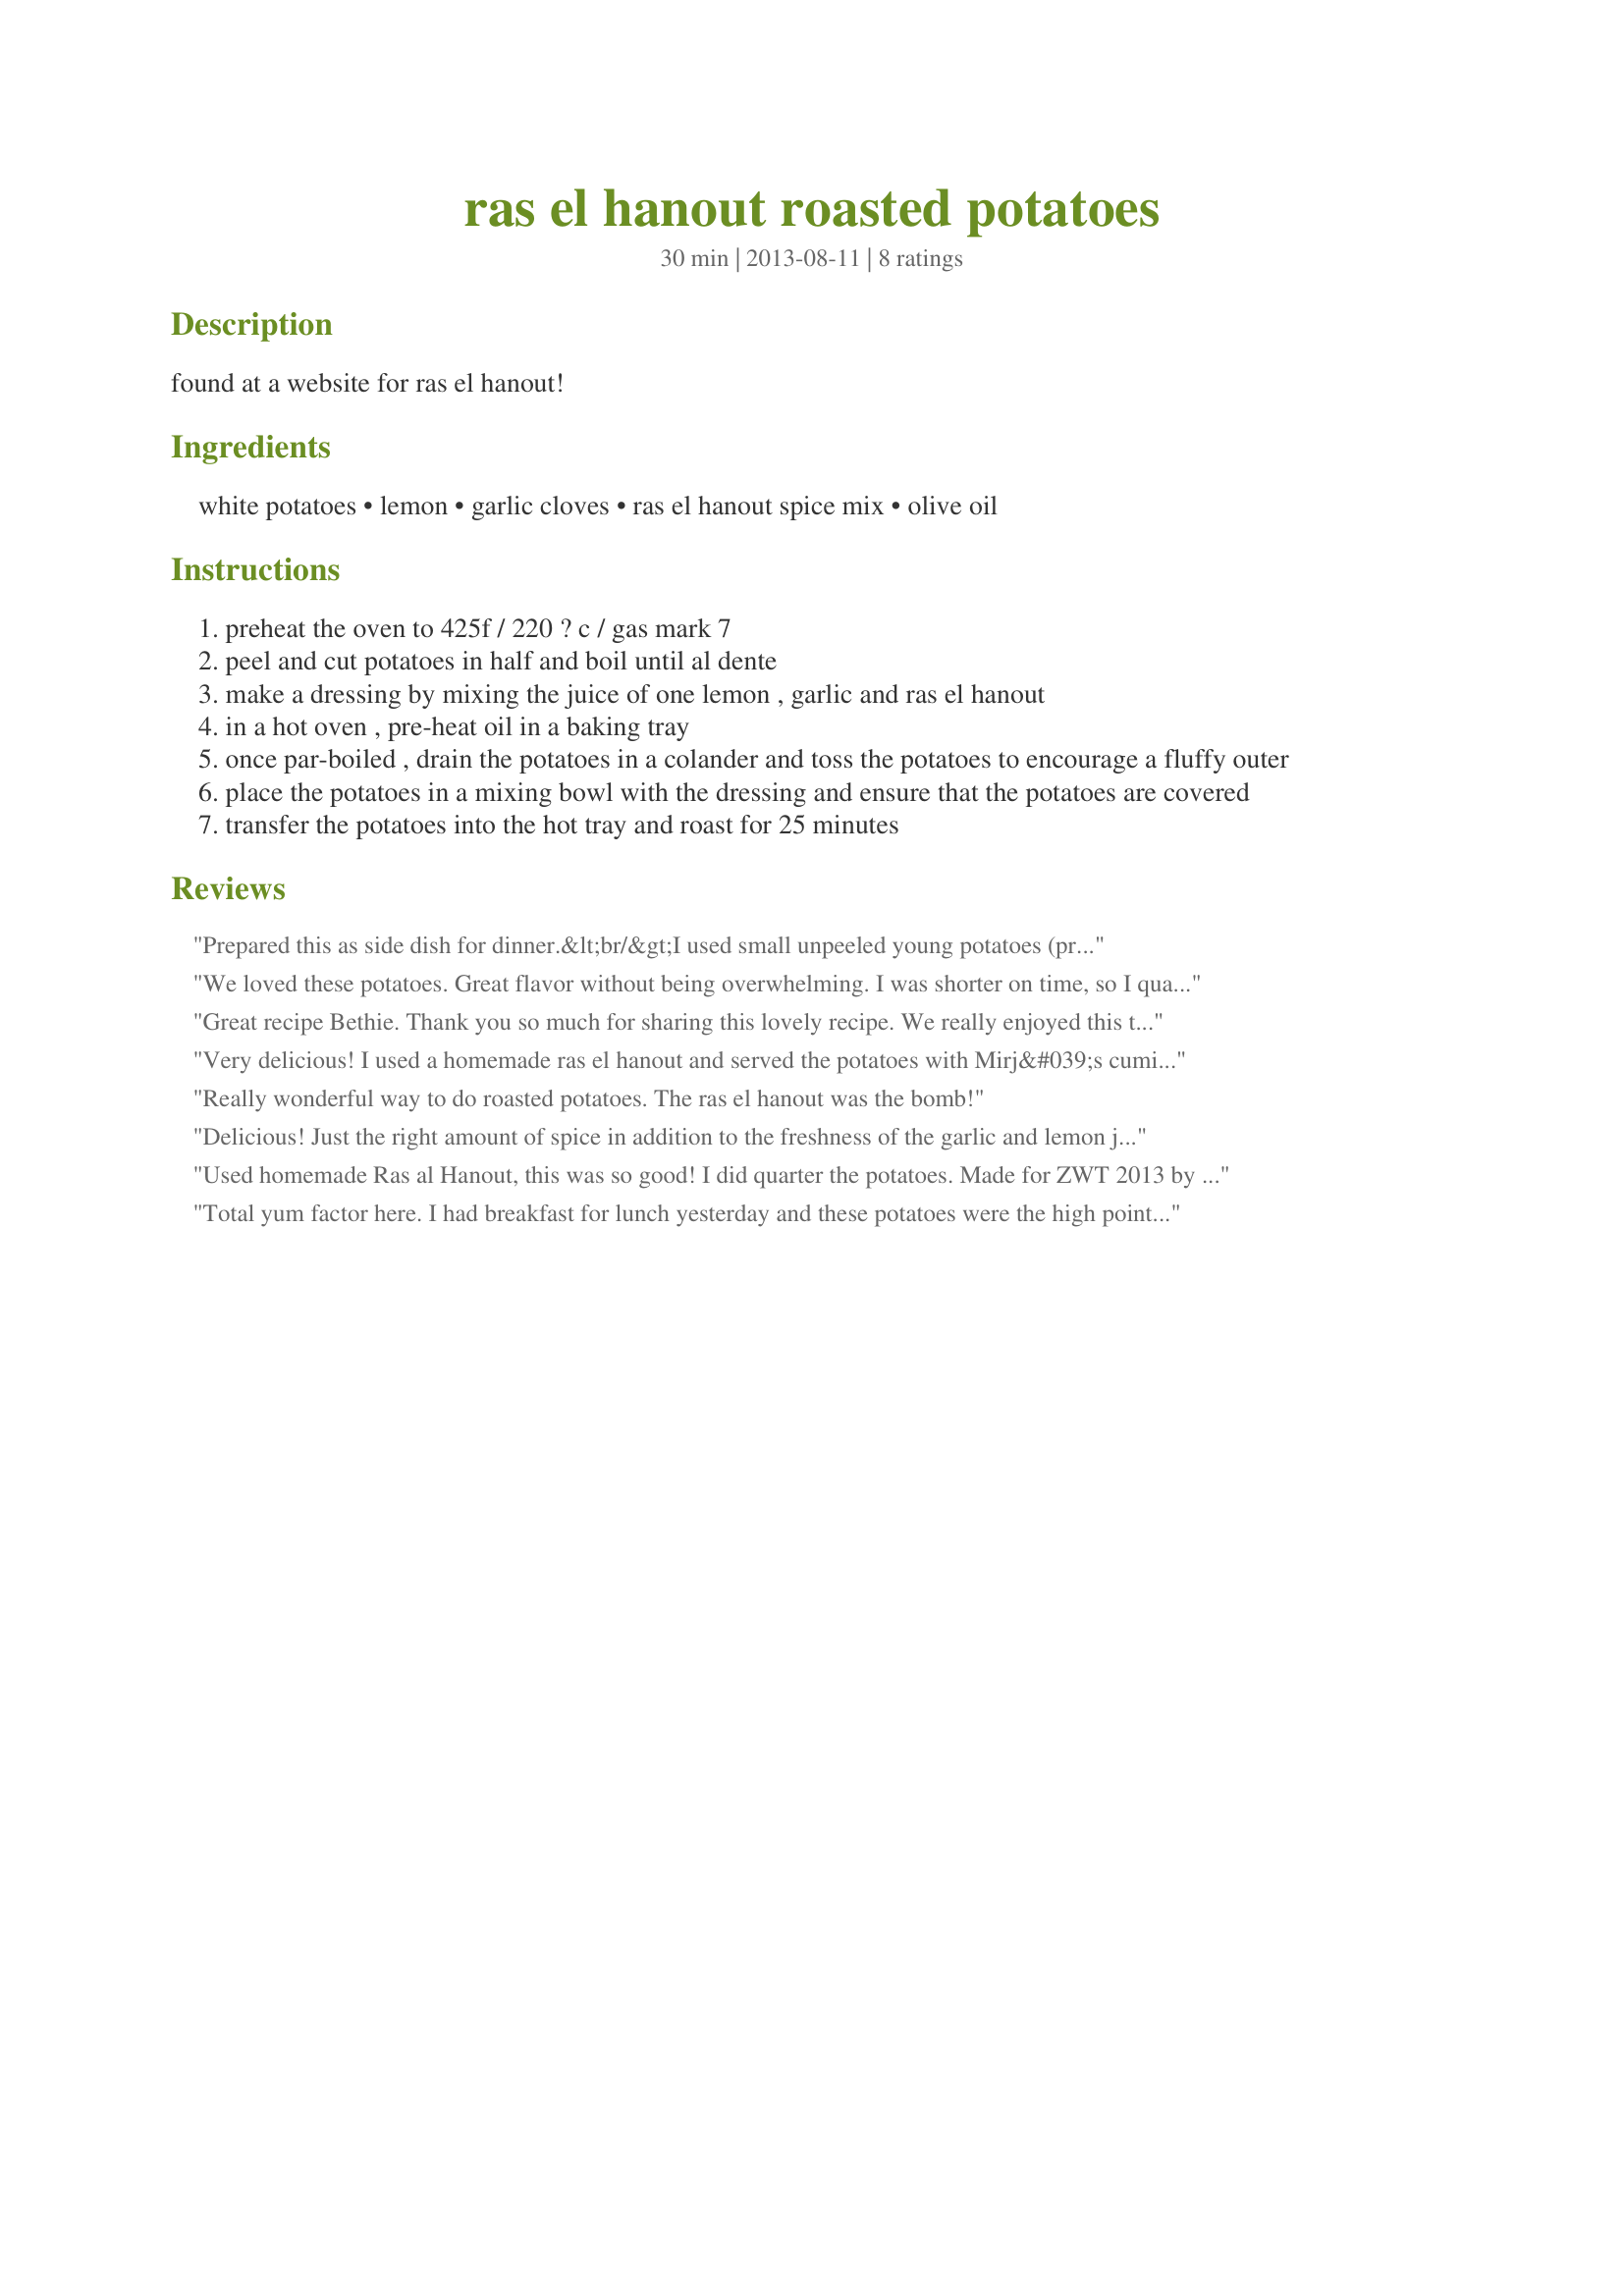
ras el hanout roasted potatoes
Preparation time: 30 minutes

found at a website for ras el hanout!

Ingredients:
white potatoes, lemon, garlic cloves, ras el hanout spice mix, olive oil

Steps:
preheat the oven to 425f / 220 ? c / gas mark 7
peel and cut potatoes in half and boil until al dente
make a dressing by mixing the juice of one lemon , garlic and ras el hanout
in a hot oven , pre-heat oil in a baking tray
once par-boiled , drain the potatoes in a colander and toss the potatoes to encourage a fluffy outer
place the potatoes in a mixing bowl with the dressing and ensure that the potatoes are covered
transfer the potatoes into the hot tray and roast for 25 minutes

Reviews:
Prepared this as side dish for dinner.&lt;br/&gt;I used small unpeeled young potatoes (preecooked as described) and I added to the recipe 1 zucchini diced (same size as potatoes). &lt;br/&gt;Precooking the potatoes is very important: in this was the potatoes were really through, the skin dud not burn and we fully enjoyed the the full flawor of the spices.&lt;br/&gt;I used a wide tray, in order to let evaporate the juice of the zucchini.&lt;br/&gt;Thanks a lot for this recipe, we really this dish very much!
We loved these potatoes. Great flavor without being overwhelming. I was shorter on time, so I quartered my potatoes for faster cooking. I used a homemade ras el hanout. I wasn&#039;t sure how much olive oil to use, so decided on approx 2 T which worked well. Made for Famly Picks ZWT9 for the Soup-A-Stars team
Great recipe Bethie. Thank you so much for sharing this lovely recipe. We really enjoyed this tasty dish. My oven tends to run hot, so everything turns out darker and a little crisper. That didn&#039;t effect these tasty potatoes in anyway. Made for Best of 2013 Tag Game.
Very delicious! I used a homemade ras el hanout and served the potatoes with Mirj&#039;s cumin meatballs and a simple side salad. We were low on provisions due to snow but luckily I had plenty of potatoes on hand! This would be yummy for breakfast with a dollop of yogurt! Made for Recipe Swap #83 in Australian forum.
Really wonderful way to do roasted potatoes. The ras el hanout was the bomb!
Delicious! Just the right amount of spice in addition to the freshness of the garlic and lemon juice. DH loved them as well. So easy to make -- just need your own version of ras el hanout which I found here on the website. Will definitely make these potatoes again very soon. Made for ZWT9.
Used homemade Ras al Hanout, this was so good! I did quarter the potatoes. Made for ZWT 2013 by team Hot Stuff. Thanks!
Total yum factor here. I had breakfast for lunch yesterday and these potatoes were the high point by a mile. The humble turkey bacon and egg were honored to be on the same plate with this delicious &quot;side&quot; dish. It&#039;s a star.
